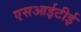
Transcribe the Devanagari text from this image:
एसआईटीई